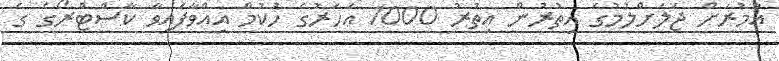
އުމުރަށް ޖަލަށްލުމުގެ އިތުރުން އިތުރު 1000 އަހަރުގެ ހުކުމް އިއްވާފައިވާ ކާސްޓްރޯގެ ގެ